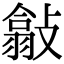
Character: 㪧